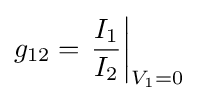
g_{12}=\left.{\frac {I_{1}}{I_{2}}}\right|_{V_{1}=0}